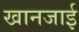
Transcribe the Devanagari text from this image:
खानजाई